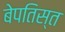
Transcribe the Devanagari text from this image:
बेपतिस्त